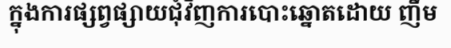
ក្នុងការផ្សព្វផ្សាយជុំវិញការបោះឆ្នោតដោយ ញឹម